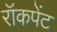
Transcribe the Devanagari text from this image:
रॉकपेंट